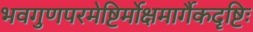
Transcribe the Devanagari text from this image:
भवगुणपरमेष्टिर्मोक्षमार्गैकदृष्टिः